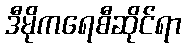
ဒီမိုကရေစီဆိုင်ရာ